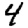
Digit: 4